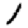
Digit: 1